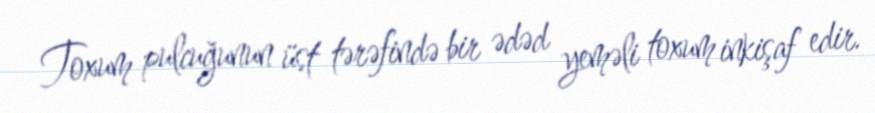
Toxum pulcuğunun üst tərəfində bir ədəd yeməli toxum inkişaf edir.